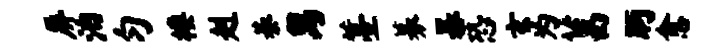
屏泊匀楼赳綦舄薹募暴恐玄为菖眄愈